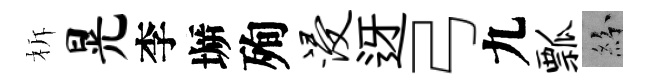
柝晃李󶱲殉浸迓弓九瓢紛